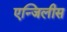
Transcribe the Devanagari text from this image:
एन्जिलीस